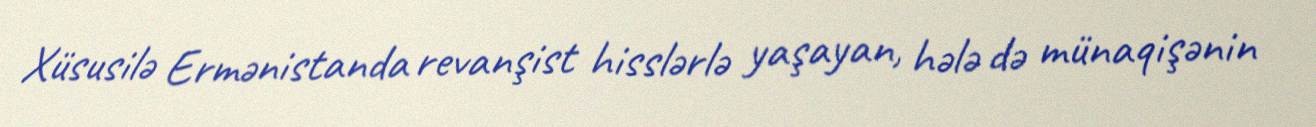
Xüsusilə Ermənistanda revanşist hisslərlə yaşayan, hələ də münaqişənin